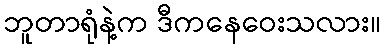
ဘူတာရုံနဲ့က ဒီကနေဝေးသလား။